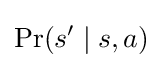
\Pr(s'\mid s,a)